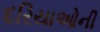
દરિયાઓની